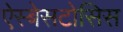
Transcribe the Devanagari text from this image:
ऐस्बेसटोसिस